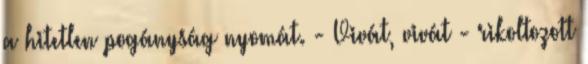
a hitetlen pogányság nyomát. - Vivát, vivát - rikoltozott